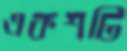
একশটি